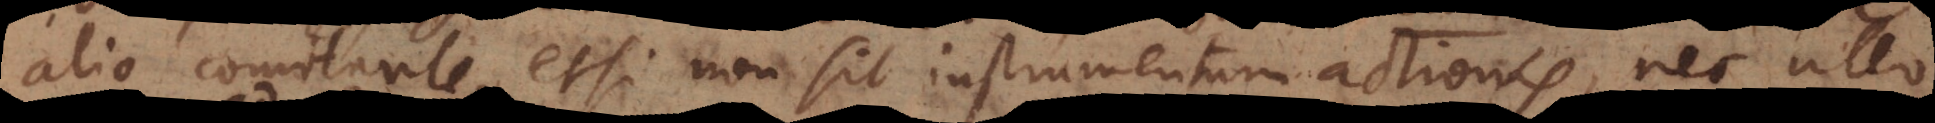
alio comitante, etsi non sit instrumentum actionis, nec ullo